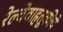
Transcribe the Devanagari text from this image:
रेल्वेवाहतूकीचे